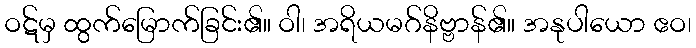
ဝဋ်မှ ထွက်မြောက်ခြင်း၏။ ဝါ၊ အရိယမဂ်နိဗ္ဗာန်၏။ အနုပါယော ဧဝ၊